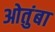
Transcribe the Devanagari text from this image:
ओतुंबा